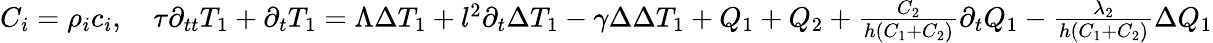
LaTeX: \begin{array}{r}{C_{i}=\rho_{i}c_{i},\quad\tau\partial_{tt}T_{1}+\partial_{t}T_{1}=\Lambda\Delta T_{1}+l^{2}\partial_{t}\Delta T_{1}-\gamma\Delta\Delta T_{1}+Q_{1}+Q_{2}+\frac{C_{2}}{h(C_{1}+C_{2})}\partial_{t}Q_{1}-\frac{\lambda_{2}}{h(C_{1}+C_{2})}\Delta Q_{1}}\end{array}